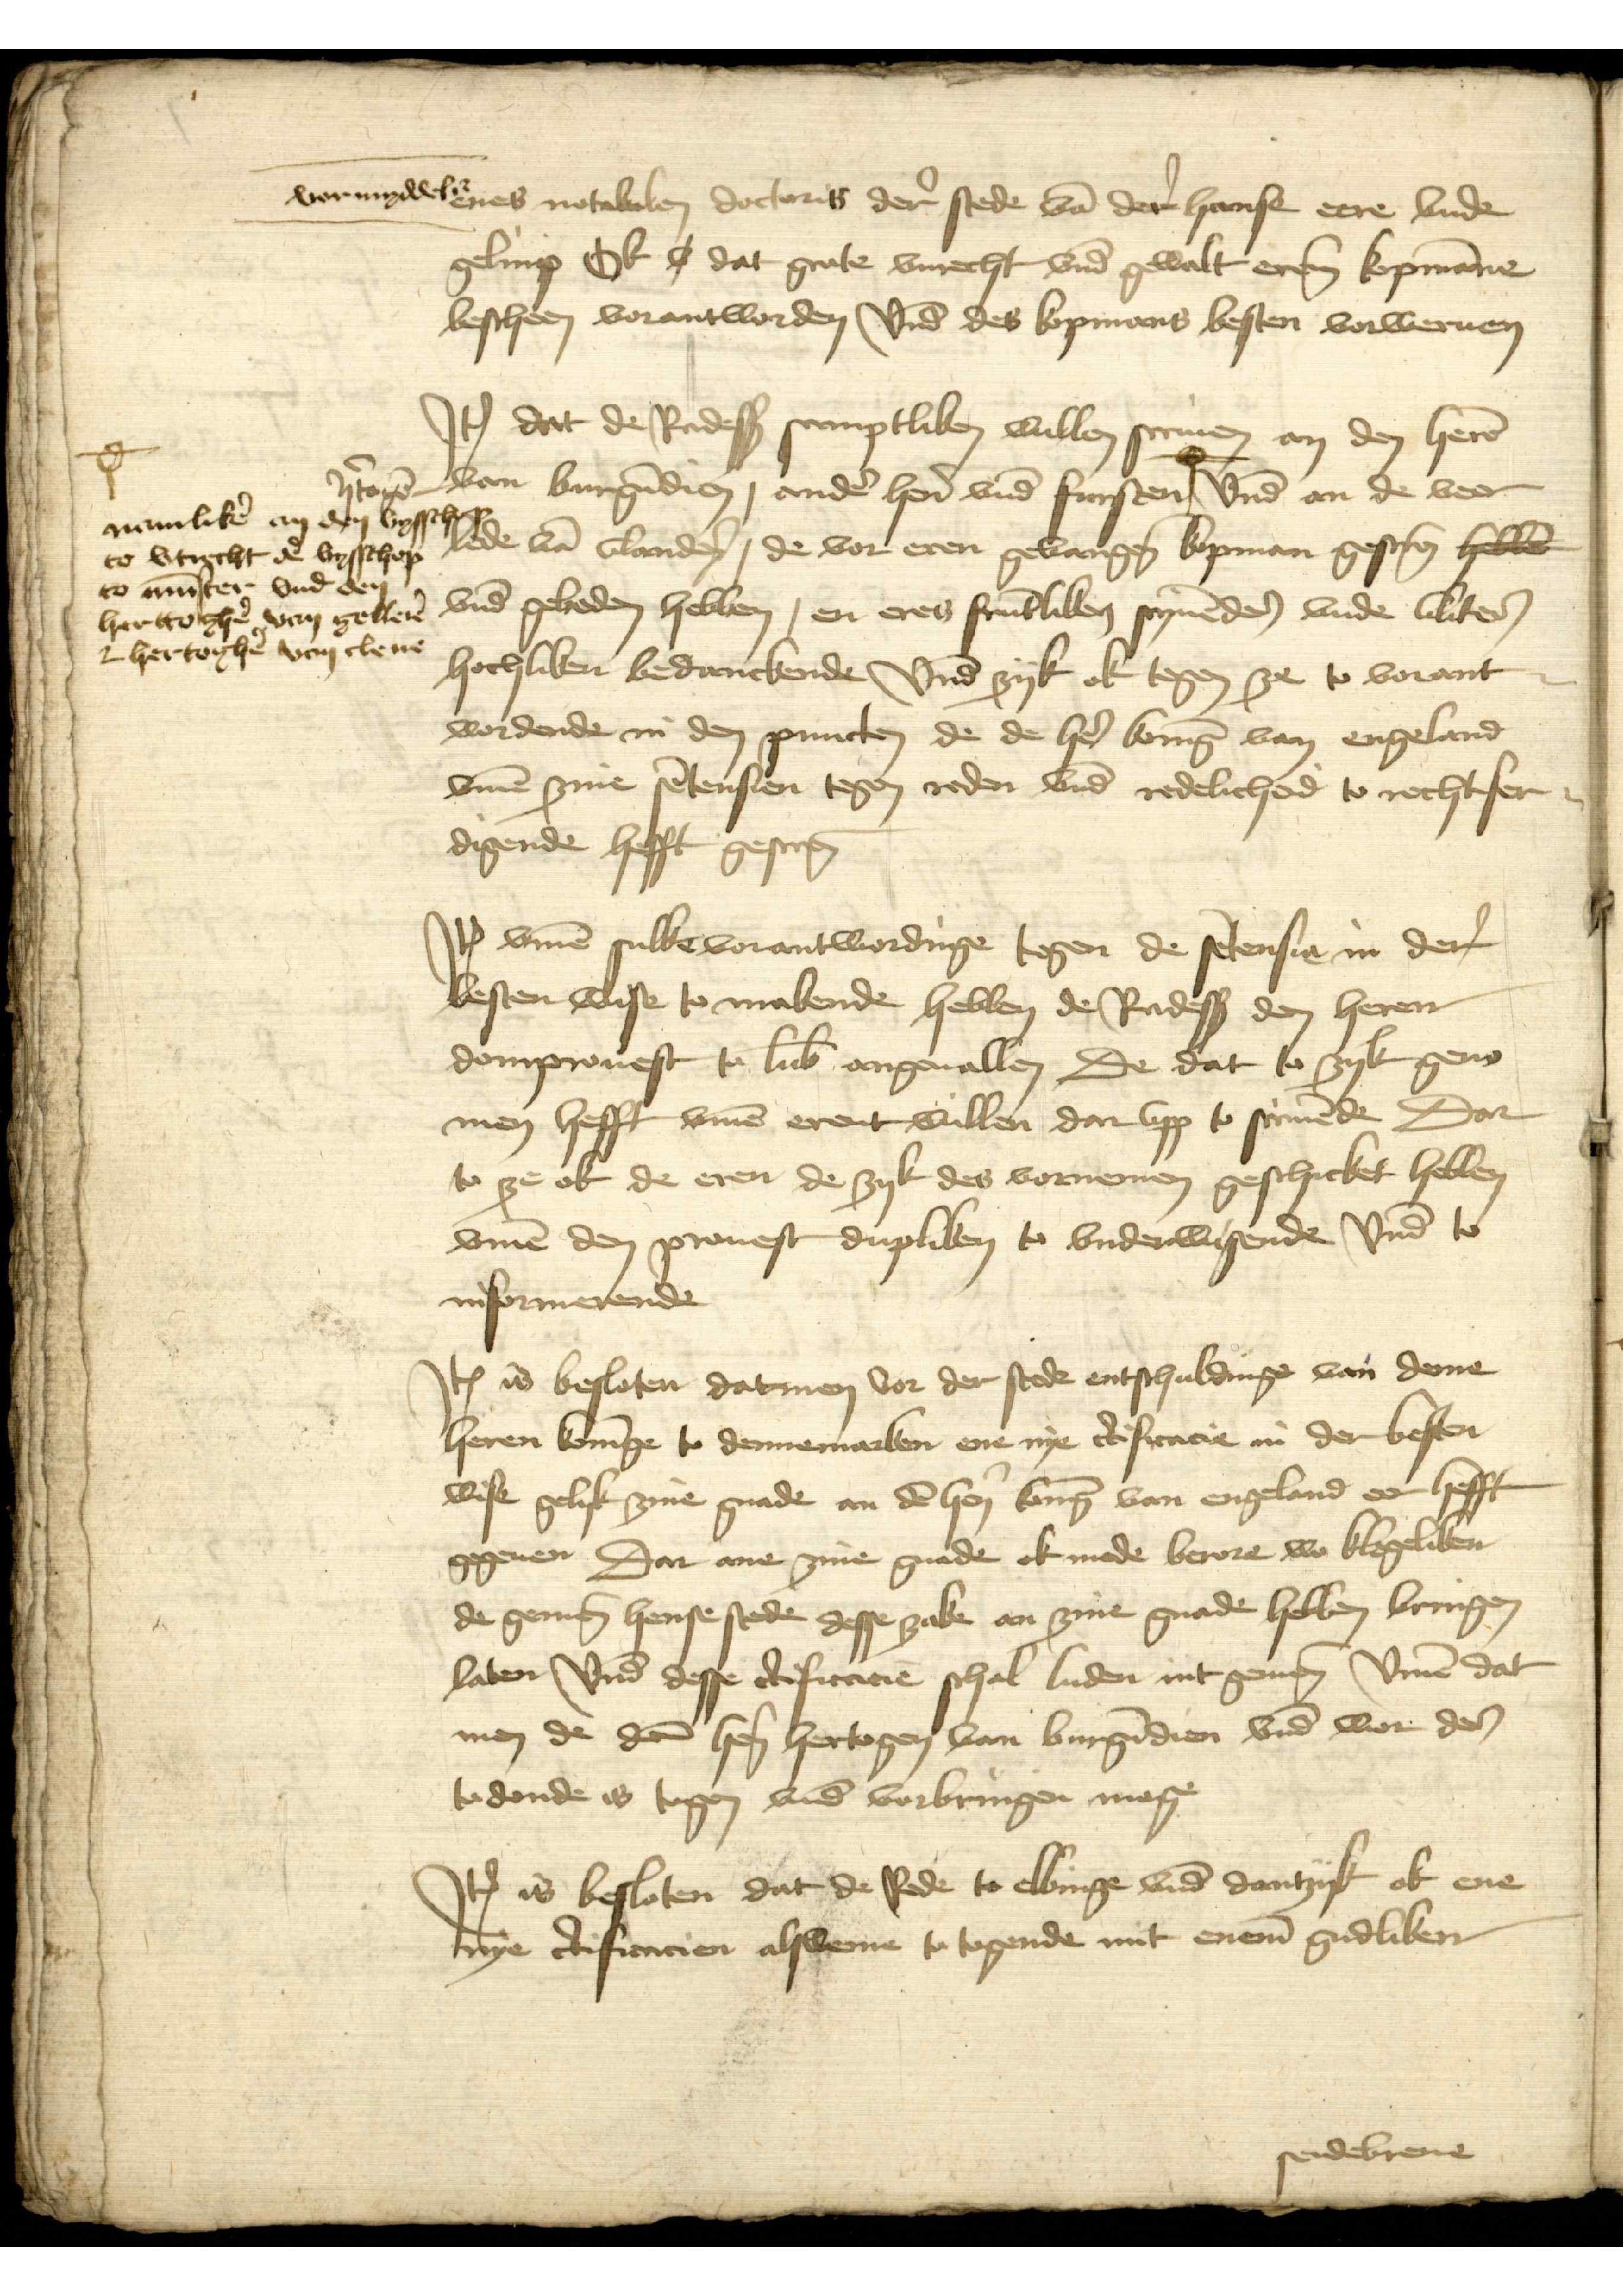
vormyddelst enes notabelen doctoris der stede van der hanse eere vnde
gelimp Ok i dat grote vnrecht vnd gewalt erem kopmanne
bescheen vorantworden vnd des kopmans besten vorweruen

Jtem dat de Radessendboden sumptliken wullen scriuen an den heren
hertogen van Burgundien, andere heren vnde fursten |° vnd an de veer
lede van Vlanderen, de vor eren gevangenen kopman gescreuen hebben
vnd gebeden hebben, en eres fruntliken scryuendes vnde vlites
hochliken bedanckende vnd zyk ok tegen ze to vorant¬
wordende in den puncten de de her Koning van Engeland
vmme zine sentensien tegen reden vnd redelicheid to rechtfer¬
digende hefft gescreuen

namliken an den bisschop
to vtrecht den bisschop
to Munster vnd den
herttohen van Gelleren
vnd hertoghen van Cleue

Jtem vmme sulke vorantwordinge tegen de sentensia in der
besten wise to makende hebben de Radessendeboden dem heren
domprouest to Lubeke angeuallen De dat so zyk geno¬
men hefft vmme erent willen dar vpp to scriuende Dar
to ze ok de eren de zyk des vornemen geschicket hebben
vmme den prouest dupliken to vnderwesende vnd to
informerende

Jtem is besloten datmen vor der stede entschuldinge van deme
heren Koninge to Dennemarken ene nye certificacie in der besten
wise gelyk zyne gnade an den hern Koning van Engeland eer hefft
gegeuen dar ane zine gnde ok mede berore wo klegeliken
de gemenen hense stede desse zake an zine gnade hebben bringen
laten vnd desse certificacie schal luden int gemene vmme dat
men de den heren hertogen van Burgundien vnd wor des
todonde is togen vnde vorbringen moge

Jtem is besloten dat de Rade to Elbinge vnde Dantzyk ok ene
Nye certificacien alswemee to togende mit eneme gudliken

sendebreue